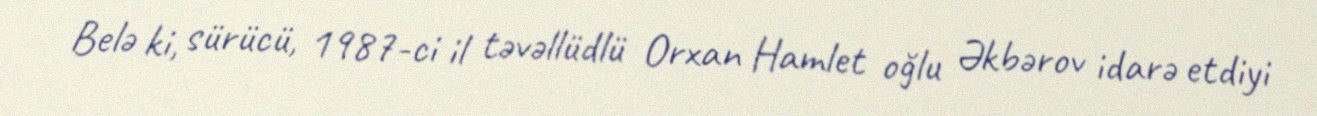
Belə ki, sürücü, 1987-ci il təvəllüdlü Orxan Hamlet oğlu Əkbərov idarə etdiyi